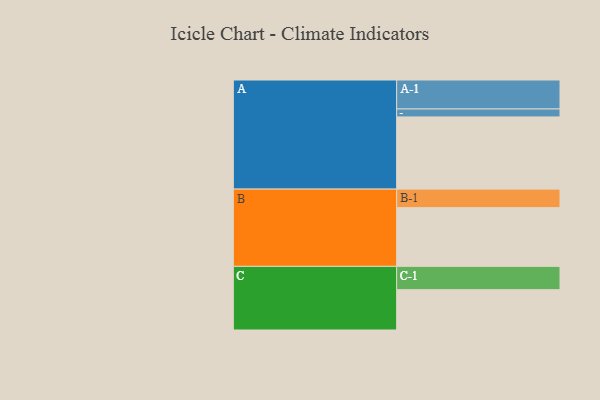
{"axis": {"x": "Segment", "y": "Value"}, "legend": ["", "A", "B", "C"], "data": [{"x": "A", "y": 573, "type": ""}, {"x": "B", "y": 466, "type": ""}, {"x": "C", "y": 320, "type": ""}, {"x": "A-1", "y": 230, "type": "A"}, {"x": "A-2", "y": 63, "type": "A"}, {"x": "B-1", "y": 147, "type": "B"}, {"x": "C-1", "y": 185, "type": "C"}]}